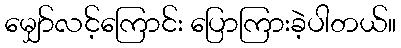
မျှော်လင့်ကြောင်း ပြောကြားခဲ့ပါတယ်။